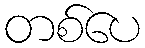
တစ်ပေ